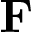
\mathbf { F }